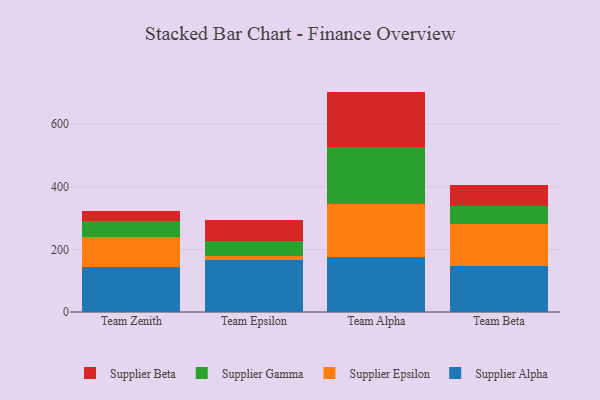
{"axis": {"x": "Team", "y": "LTV (USD)"}, "legend": ["Supplier Alpha", "Supplier Beta", "Supplier Epsilon", "Supplier Gamma"], "data": [{"x": "Team Zenith", "y": 144.7, "type": "Supplier Alpha"}, {"x": "Team Zenith", "y": 96.4, "type": "Supplier Epsilon"}, {"x": "Team Zenith", "y": 50.8, "type": "Supplier Gamma"}, {"x": "Team Zenith", "y": 31.2, "type": "Supplier Beta"}, {"x": "Team Epsilon", "y": 166.8, "type": "Supplier Alpha"}, {"x": "Team Epsilon", "y": 12.7, "type": "Supplier Epsilon"}, {"x": "Team Epsilon", "y": 48.1, "type": "Supplier Gamma"}, {"x": "Team Epsilon", "y": 65.7, "type": "Supplier Beta"}, {"x": "Team Alpha", "y": 175.8, "type": "Supplier Alpha"}, {"x": "Team Alpha", "y": 170.7, "type": "Supplier Epsilon"}, {"x": "Team Alpha", "y": 179.2, "type": "Supplier Gamma"}, {"x": "Team Alpha", "y": 178.3, "type": "Supplier Beta"}, {"x": "Team Beta", "y": 146.0, "type": "Supplier Alpha"}, {"x": "Team Beta", "y": 133.6, "type": "Supplier Epsilon"}, {"x": "Team Beta", "y": 58.2, "type": "Supplier Gamma"}, {"x": "Team Beta", "y": 68.0, "type": "Supplier Beta"}]}